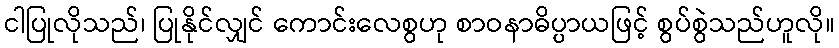
ငါပြုလိုသည်၊ ပြုနိုင်လျှင် ကောင်းလေစွဟု စာဝနာဓိပ္ပာယဖြင့် စွပ်စွဲသည်ဟူလို။